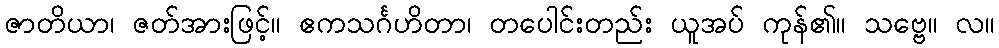
ဇာတိယာ၊ ဇတ်အားဖြင့်။ ဧကသင်္ဂဟိတာ၊ တပေါင်းတည်း ယူအပ် ကုန်၏။ သဗ္ဗေ။ လ။